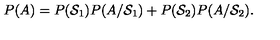
P ( A ) = P ( { \cal S } _ { 1 } ) P ( A / { \cal S } _ { 1 } ) + P ( { \cal S } _ { 2 } ) P ( A / { \cal S } _ { 2 } ) .